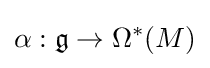
\alpha :{\mathfrak {g}}\to \Omega ^{*}(M)